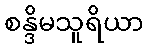
စန္ဒိမသူရိယာ